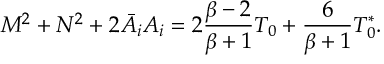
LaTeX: M ^ { 2 } + N ^ { 2 } + 2 \bar { A } _ { i } A _ { i } = 2 { \frac { \beta - 2 } { \beta + 1 } } { \cal T } _ { 0 } + { \frac { 6 } { \beta + 1 } } { \cal T } _ { 0 } ^ { * } .